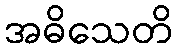
အဓိသေတိ